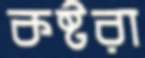
কষ্টরা